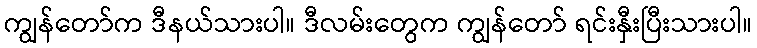
ကျွန်တော်က ဒီနယ်သားပါ။ ဒီလမ်းတွေက ကျွန်တော် ရင်းနှီးပြီးသားပါ။